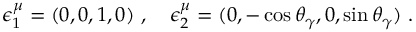
\epsilon _ { 1 } ^ { \mu } = ( 0 , 0 , 1 , 0 ) ~ , ~ ~ ~ \epsilon _ { 2 } ^ { \mu } = ( 0 , - \cos \theta _ { \gamma } , 0 , \sin \theta _ { \gamma } ) ~ .